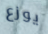
يوزع